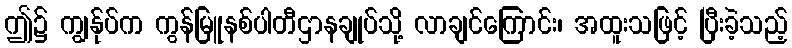
ဤ၌ ကျွန်ုပ်က ကွန်မြူနစ်ပါတီဌာနချုပ်သို့ လာချင်ကြောင်း၊ အထူးသဖြင့် ပြီးခဲ့သည့်